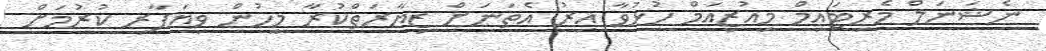
ނެޝަނަލް މެރިޓައިމް މިއުޒިއަމް ހުޅުވާ އިރު އެތަނަށް ޒިޔާރަތްކުރާ މީހުން ވިޔަފާރި ކުރުމަށް